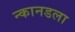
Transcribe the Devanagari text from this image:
न्कानडला